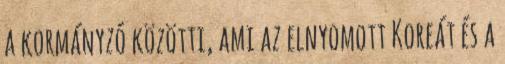
a kormányzó közötti, ami az elnyomott Koreát és a